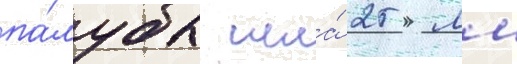
па́лубы шла́ 25 мм